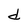
Character: d